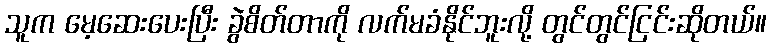
သူက မေ့ဆေးပေးပြီး ခွဲစိတ်တာကို လက်မခံနိုင်ဘူးလို့ တွင်တွင်ငြင်းဆိုတယ်။